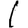
Digit: 1